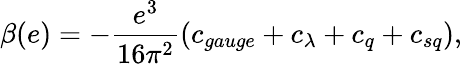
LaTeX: \beta(e)=-\frac{e^{3}}{16\pi^{2}}(c_{gauge}+c_{\lambda}+c_{q}+c_{sq}),